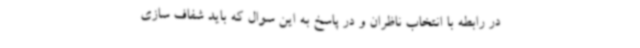
در رابطه با انتخاب ناظران و در پاسخ به این سوال که باید شفاف سازی